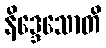
နိဒ္ဒေသောတိ